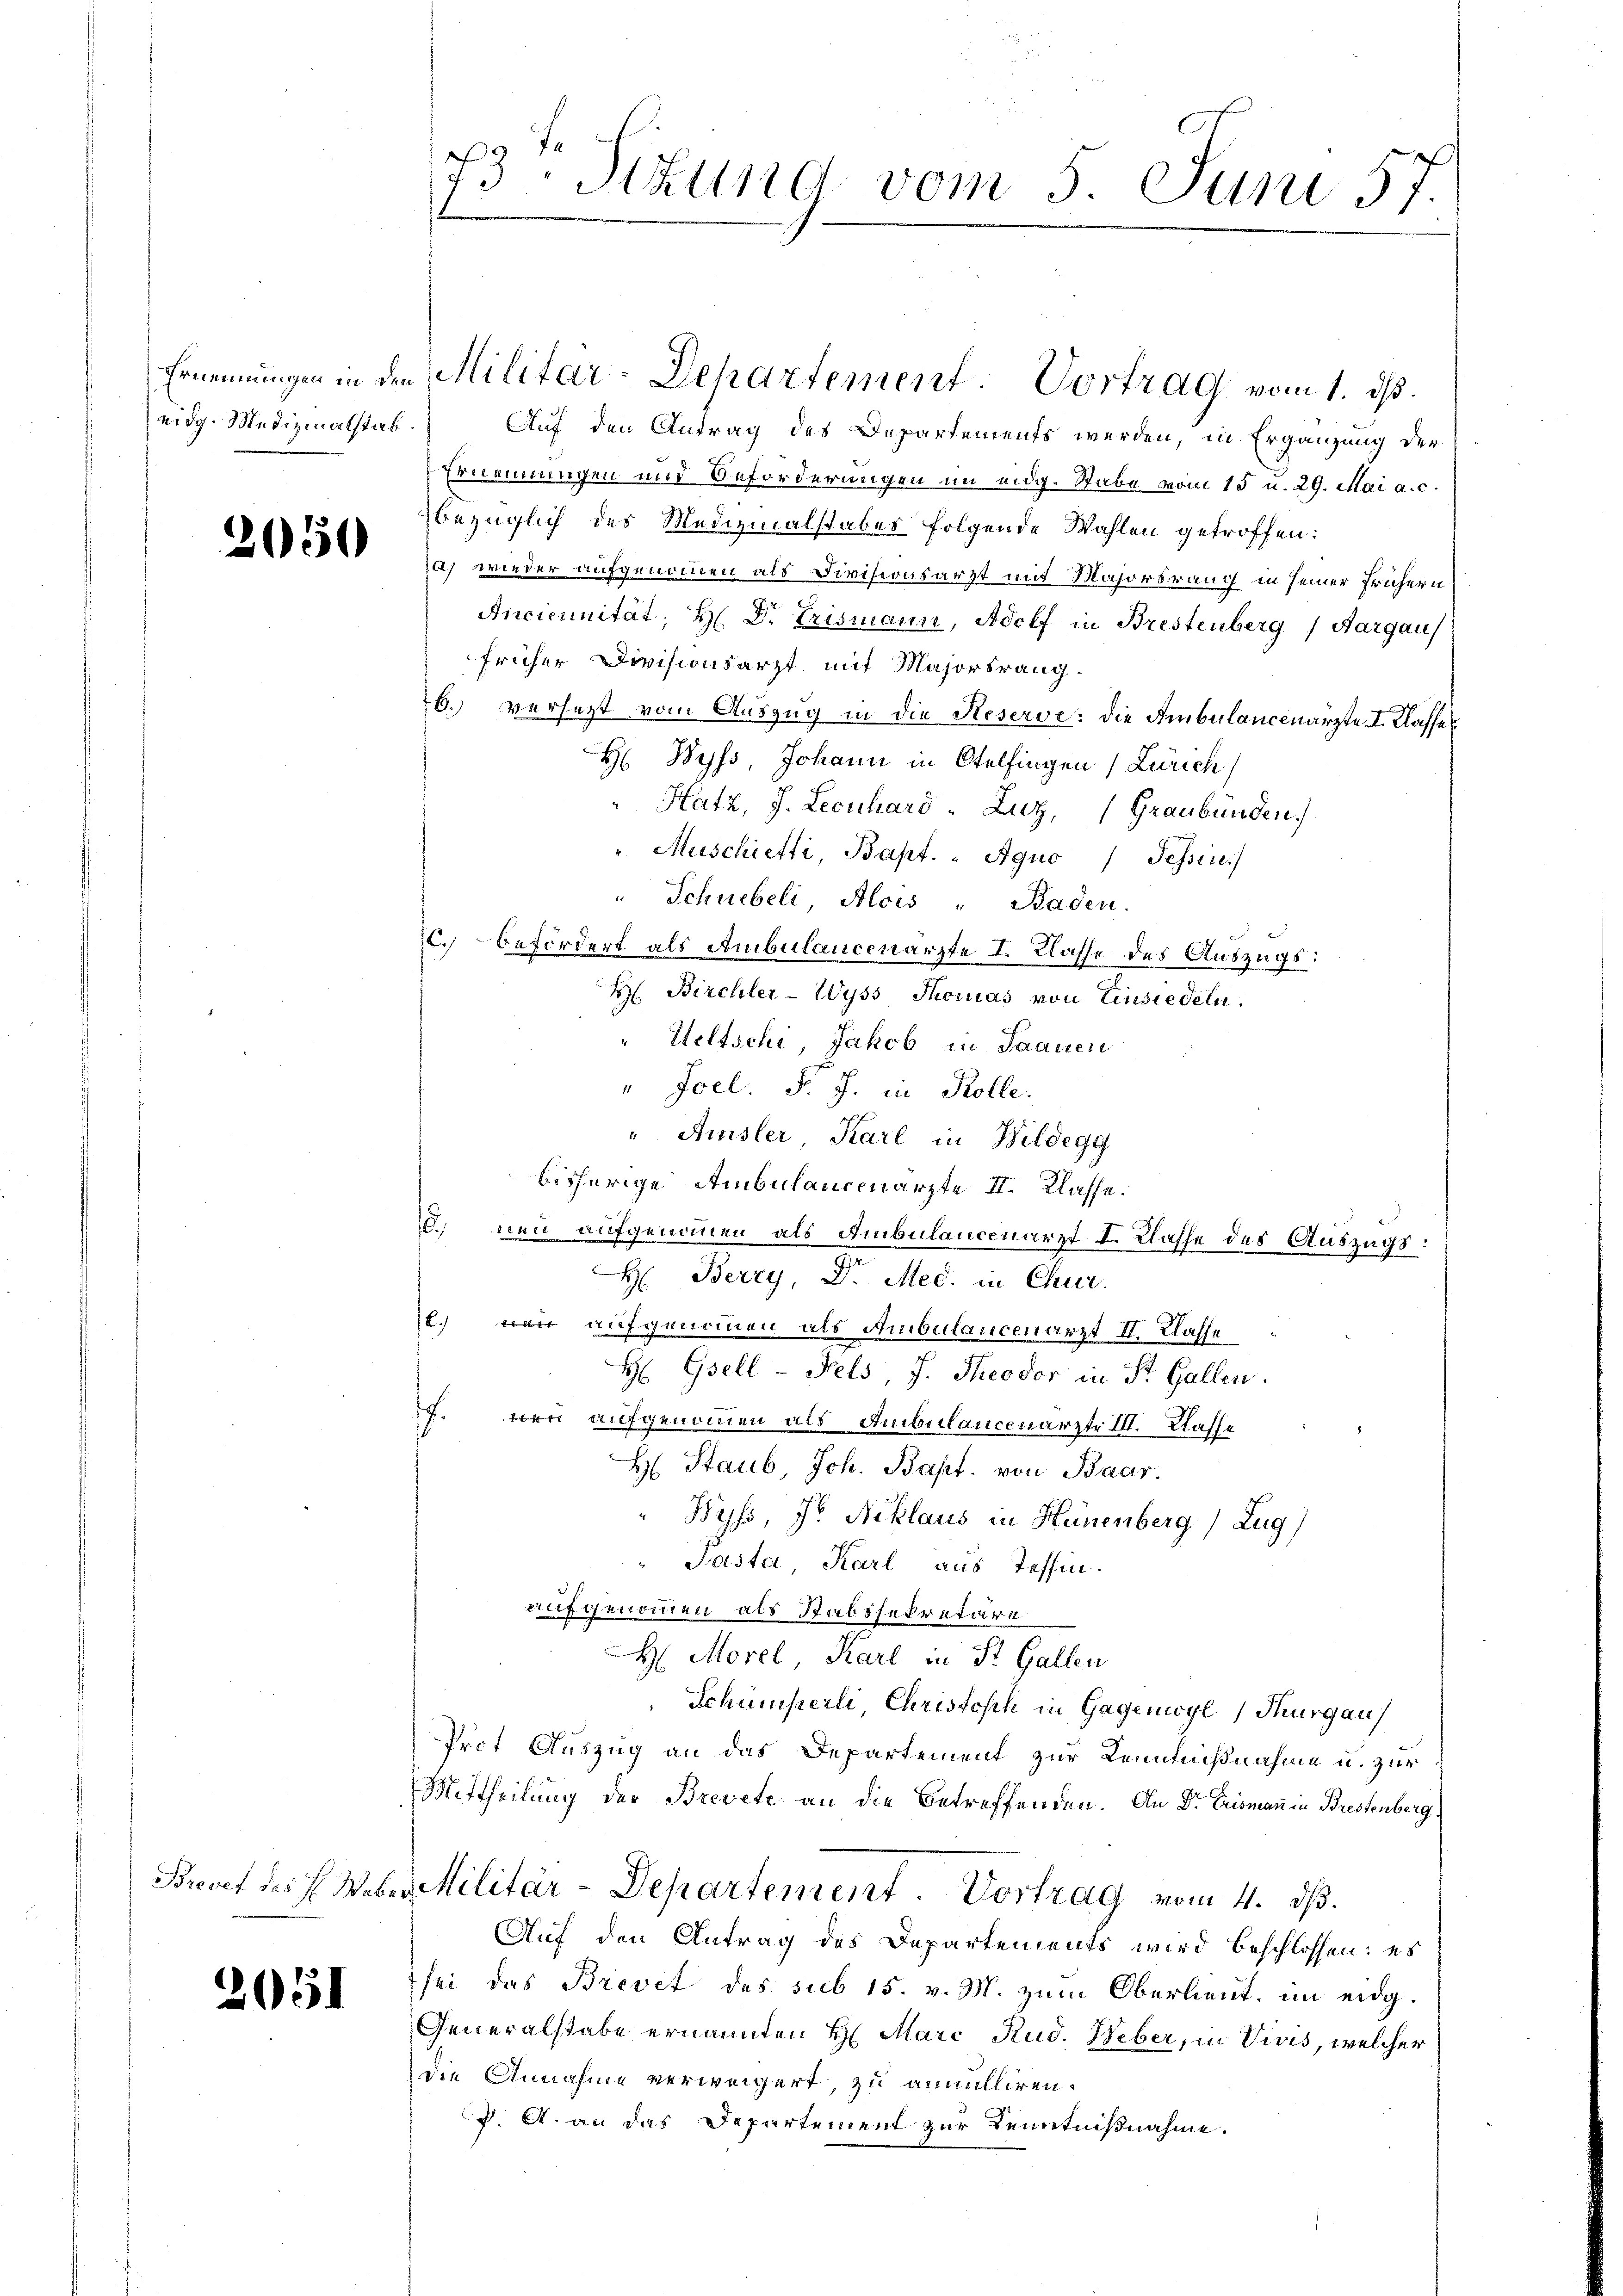
2650

2051

eidg. Medizinalstab. Auf den Antrag des Departements werden, in Ergänzung der
Ernennungen und Beforderungen im eidg. Stabe vom 15 u. 29. Mai a.c.
bezüglich des Medizinalstabes folgende Wahlen getroffen:
a) wieder aufgenommen als Divisionsarzt mit Majorsrang in seiner frühern
n
Ancicunität; H. Dr Erismann, Adolf in Brestenberg (Aargau
früher Divisionsarzt mit Majorsrang.
6. versezt vom Auszug in die Reserve: die Ambulancenärzte I. Klasser
H Byss, Johann in Otelfingen (Zürich)
"Hatz, J. Leonhard Luz, Graubünden
"Muschietti, Bapt. " Aquo Tessin.
" Schwebeli, Alois " Baden.
c. Befördert als Ambulancenärzte I. Klasse des Auszugs:
H Birchler-Wyss Thomas von Einsiedeln.
"Wettschi, Jakob in Saanen
"Joel. P. J. in Kolle.
Amsler, Karl in Bildegg
bisherige Ambulancenärzte II. Klasse.
. neu aufgenommen als Ambulancenarzt I. Klasse des Auszugs:
H: Berry, Dr. Med. in Chur.
t. Bei aufgenommen als Ambulancenarzt II. Klasse
H Gsell-Fels, J. Theodor in St. Gallen.
f. Bei aufgenommen als Ambulancenarzte III. Klasse
H. Staub, Joh. Bapt. von Baar.
" Byss, J. Niklaus in Hünenberg) Zug)
" Paste Karl aus Tessin.
aufgenommen als Stabssekretäre
H. Morel, Karl in St. Gallen
Schümperli, Christoseh in Gagenwyl, Thurgau
Prot Auszug an das Departement zur Kenntnißnahme u. zur
Mittheilung der Brevete an die Betreffenden. An Dr Erismann in Brestenberg
Brevet des J. Weber Militär-Departement. Vortrag vom 4. dβ.
Auf den Antrag des Departements wird beschlossen: es
sei das Brevet des sub 15. v. M. zum Oberlieut. im eidg.
Generalstabe ernannten H. Marc Rud. Weber, in Vivis, welcher
die Annahme verweigert, zu annulliren.
J. A. an das Departement zur Kenntnißnahme.

73te Sitzung vom 5. Juni 5.

Ernennungen in den Militar-Departement Vortrag vom 1. ds.